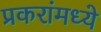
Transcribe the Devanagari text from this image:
प्रकरांमध्ये